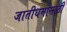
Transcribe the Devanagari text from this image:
जातीधर्मांसाठी